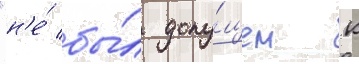
"н'е́ бы́л допу́щен к